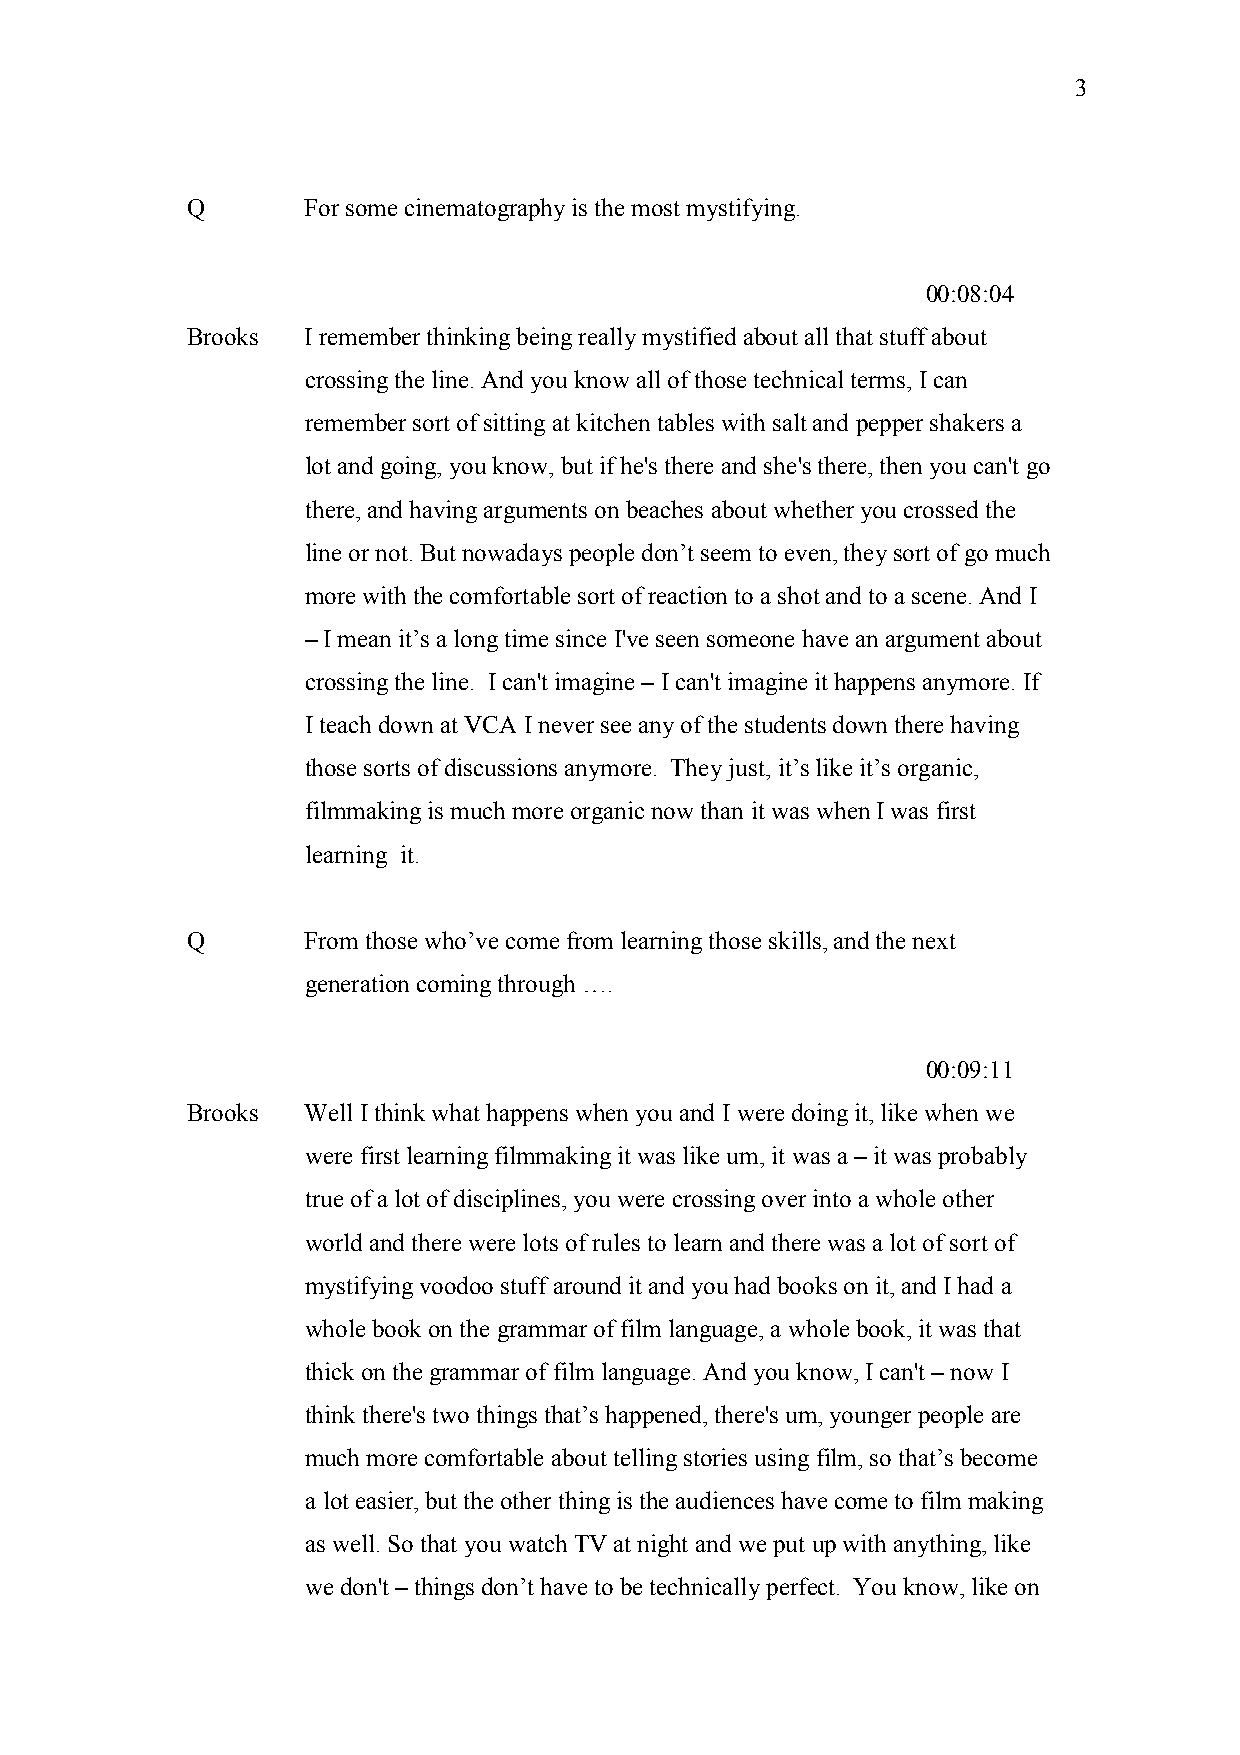
3
 Q       For some cinematography is the most mystifying.
 00:08:04
 Brooks  I remember thinking being really mystified about all that stuff about
 crossing the line. And you know all of those technical terms, I can
 remember sort of sitting at kitchen tables with salt and pepper shakers a
 lot and going, you know, but if he's there and she's there, then you can't go
 there, and having arguments on beaches about whether you crossed the
 line or not. But nowadays people don’t seem to even, they sort of go much
 more with the comfortable sort of reaction to a shot and to a scene. And I
 – I mean it’s a long time since I've seen someone have an argument about
 crossing the line. I can't imagine – I can't imagine it happens anymore. If
 I teach down at VCA I never see any of the students down there having
 those sorts of discussions anymore. They just, it’s like it’s organic,
 filmmaking is much more organic now than it was when I was first
 learning it.
 Q       From those who’ve come from learning those skills, and the next
 generation coming through ….
 00:09:11
 Brooks  Well I think what happens when you and I were doing it, like when we
 were first learning filmmaking it was like um, it was a – it was probably
 true of a lot of disciplines, you were crossing over into a whole other
 world and there were lots of rules to learn and there was a lot of sort of
 mystifying voodoo stuff around it and you had books on it, and I had a
 whole book on the grammar of film language, a whole book, it was that
 thick on the grammar of film language. And you know, I can't – now I
 think there's two things that’s happened, there's um, younger people are
 much more comfortable about telling stories using film, so that’s become
 a lot easier, but the other thing is the audiences have come to film making
 as well. So that you watch TV at night and we put up with anything, like
 we don't – things don’t have to be technically perfect. You know, like on